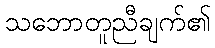
သဘောတူညီချက်၏